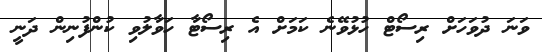
ވަނަ ދުވަަހަށް ރިސޯޓް ހުޅުވޭނެ ކަމަށް އެ ރިސޯޓާ ހަވާލުވި ކުންފުނިން ދަނީ